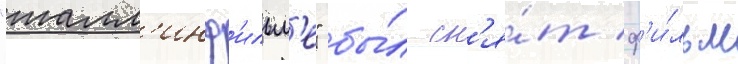
"талл'инф'ильм'е" бы́л сн'я́т ф'и́льм